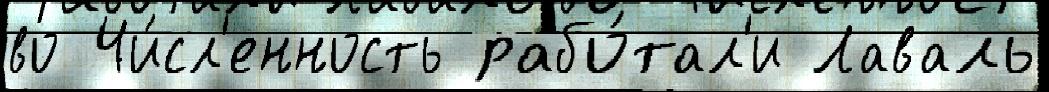
во Чи́сл'енность рабо́тал'и Лаваль